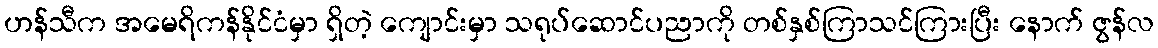
ဟန်သီက အမေရိကန်နိုင်ငံမှာ ရှိတဲ့ ကျောင်းမှာ သရုပ်ဆောင်ပညာကို တစ်နှစ်ကြာသင်ကြားပြီး နောက် ဇွန်လ